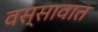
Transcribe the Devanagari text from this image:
वस्सावात